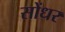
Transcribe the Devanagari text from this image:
सोंधर